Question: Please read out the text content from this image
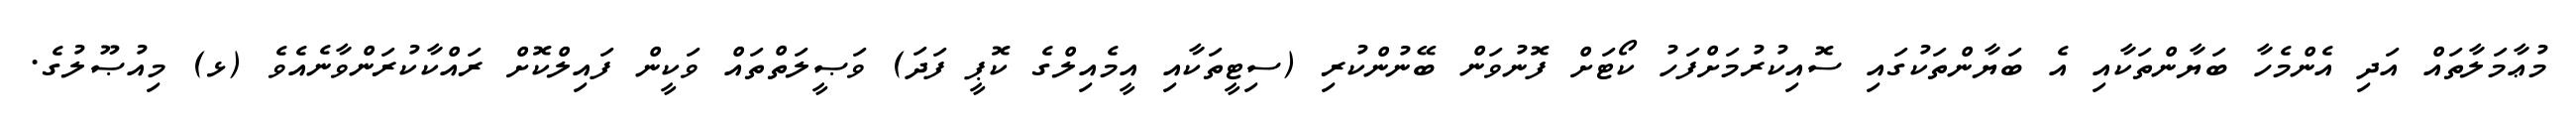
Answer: މުޢާމަލާތައް އަދި އެންމެހާ ބަޔާންތަކާއި އެ ބަޔާންތަކުގައި ސޮއިކުރުމަށްފަހު ކޯޓަށް ފޮނުވަން ބޭނުންކުރި (ސިޓީތަކާއި އީމެއިލްގެ ކޮޕީ ފަދަ) ވަޞީލަތްތައް ވަކީން ފައިލްކޮށް ރައްކާކުރަންވާނެއެވެ (ޅ) މިއުޞޫލުގެ.